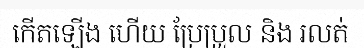
កើតឡើង ហើយ ប្រែប្រួល និង រលត់